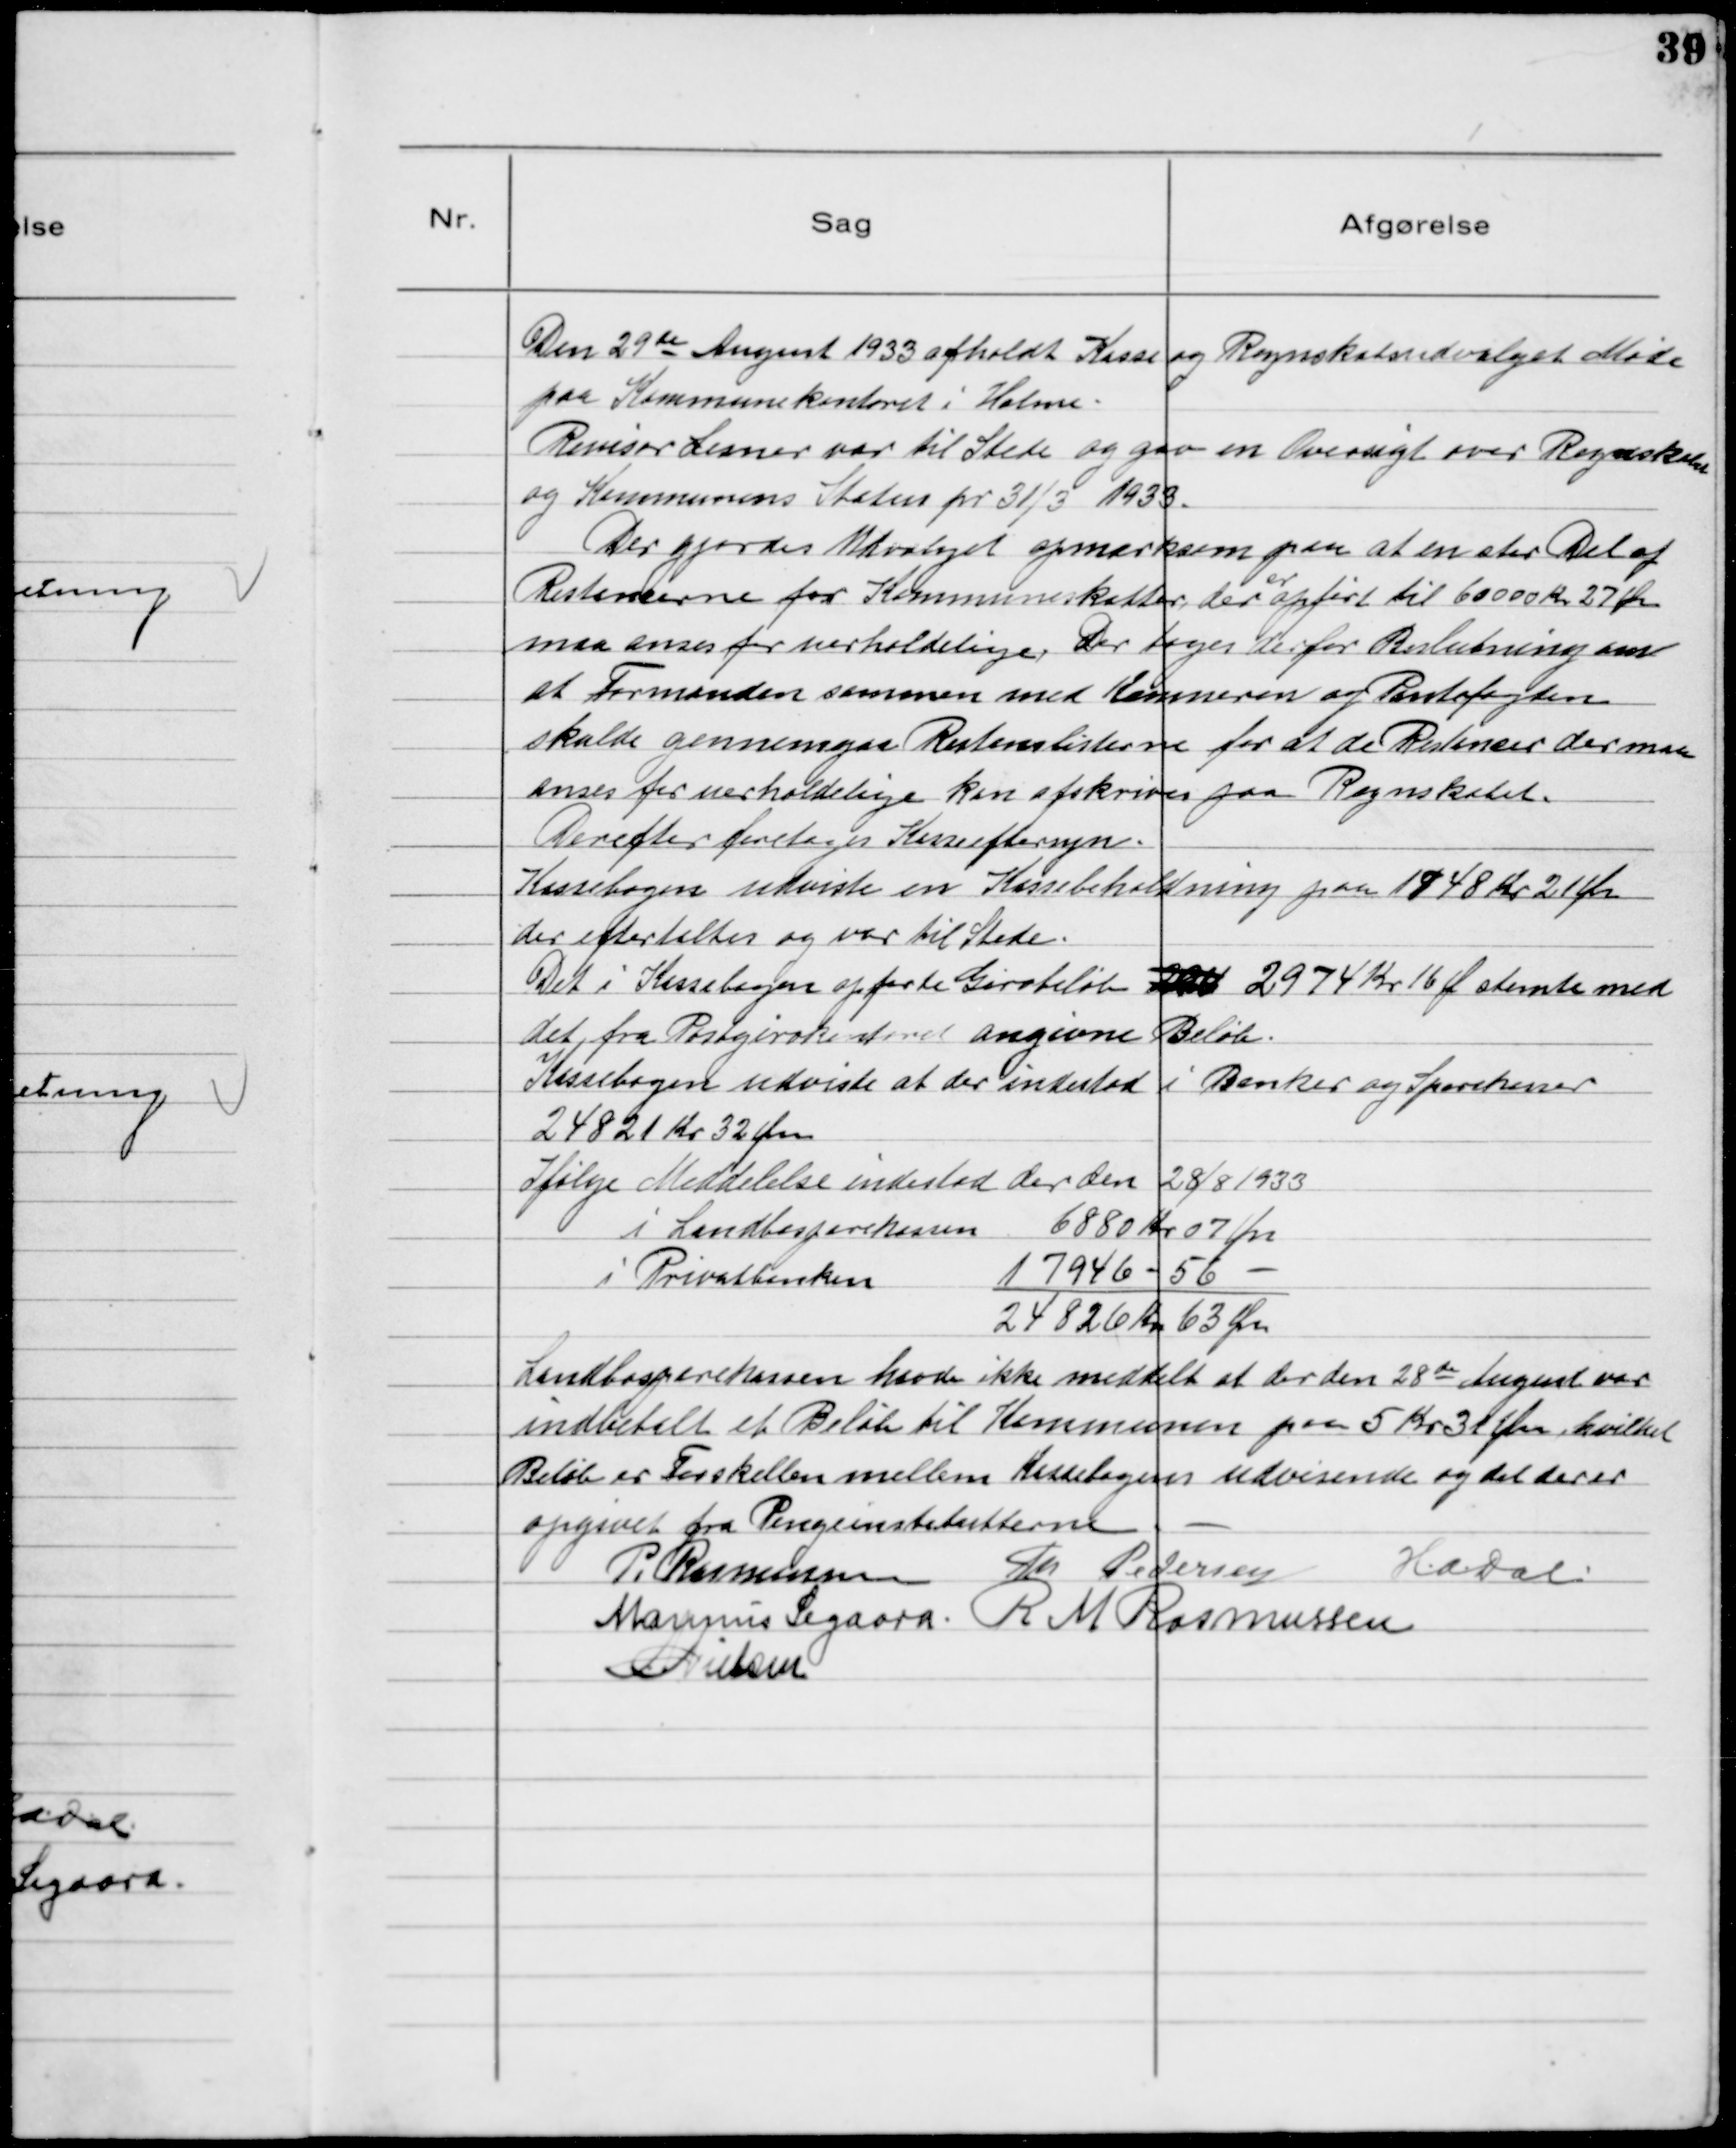
Transskription:
Den 29de August 1933 afholdt Kasse og Regnskabsudvalget Møde
paa Kommunekontoret i Holme.
Revisor Lesner var til Stede og gav en Oversigt over Regnskab
og Kommunens Status pr 31/3 1933.
Der gjordes Udvalget opmærksom paa at en stor Del af
Restancerne for Kommuneskatter der
er
opført til 60000 Kr 27 Øre
maa anses for uerholdelige. Der tages derfor Beslutning om
at Formanden sammen med Kassereren og Pantefogden
skulde gennemgaa Restancelisterne for at de Restancer der maa
anses for uerholdelige kan afskrives paa Regnskabet.
Derefter foretages Kasseeftersyn.
Kassebogen udviste en Kassebeholdning paa 1948 Kr 21 Øre
der eftertaltes og var til Stede.
Det i Kassebogen opførte Girobeløb 2974 Kr 16 Ø stemte med
det fra Postgirokontoret angivne Beløb.
Kassebogen udviste at der indestod i Banker og Sparekasser
24821 Kr 32 Øre
Ifølge Meddelelse indestod der den 28/8 1933
i Landbosparekassen 6880 Kr 07 Øre
i Privatbanken 17946 - 56 -
24826 Kr 63 Øre
Landbosparekassen havde ikke meddelt at der den 28de August var
indbetalt et Beløb til Kommunen paa 5 Kr 31 Øre, hvilket
Beløb er Forskellen mellem Kassebogens udvisende og det der er
opgivet fra Pengeinstitutterne
P. Rasmussen Th Pedersen HADal
Marinus Sigaard R M Rasmussen
NNielsen